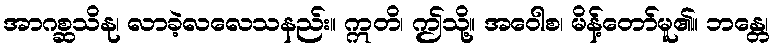
အာဂစ္ဆသိနု၊ လာခဲ့လလေသနည်း။ ဣတိ၊ ဤသို့။ အဝေါစ၊ မိန့်တော်မူ၏။ ဘန္တေ၊